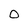
Character: 0